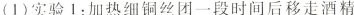
(1)实验1：加热细铜丝团一段时间后移走酒精